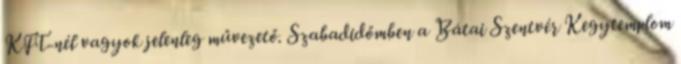
KFT-nél vagyok jelenleg művezető. Szabadidőmben a Bátai Szentvér Kegytemplom